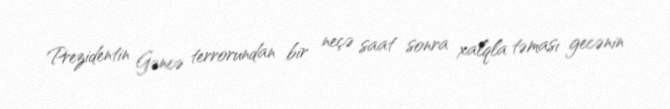
Prezidentin Gəncə terrorundan bir neçə saat sonra xalqla təması gecənin